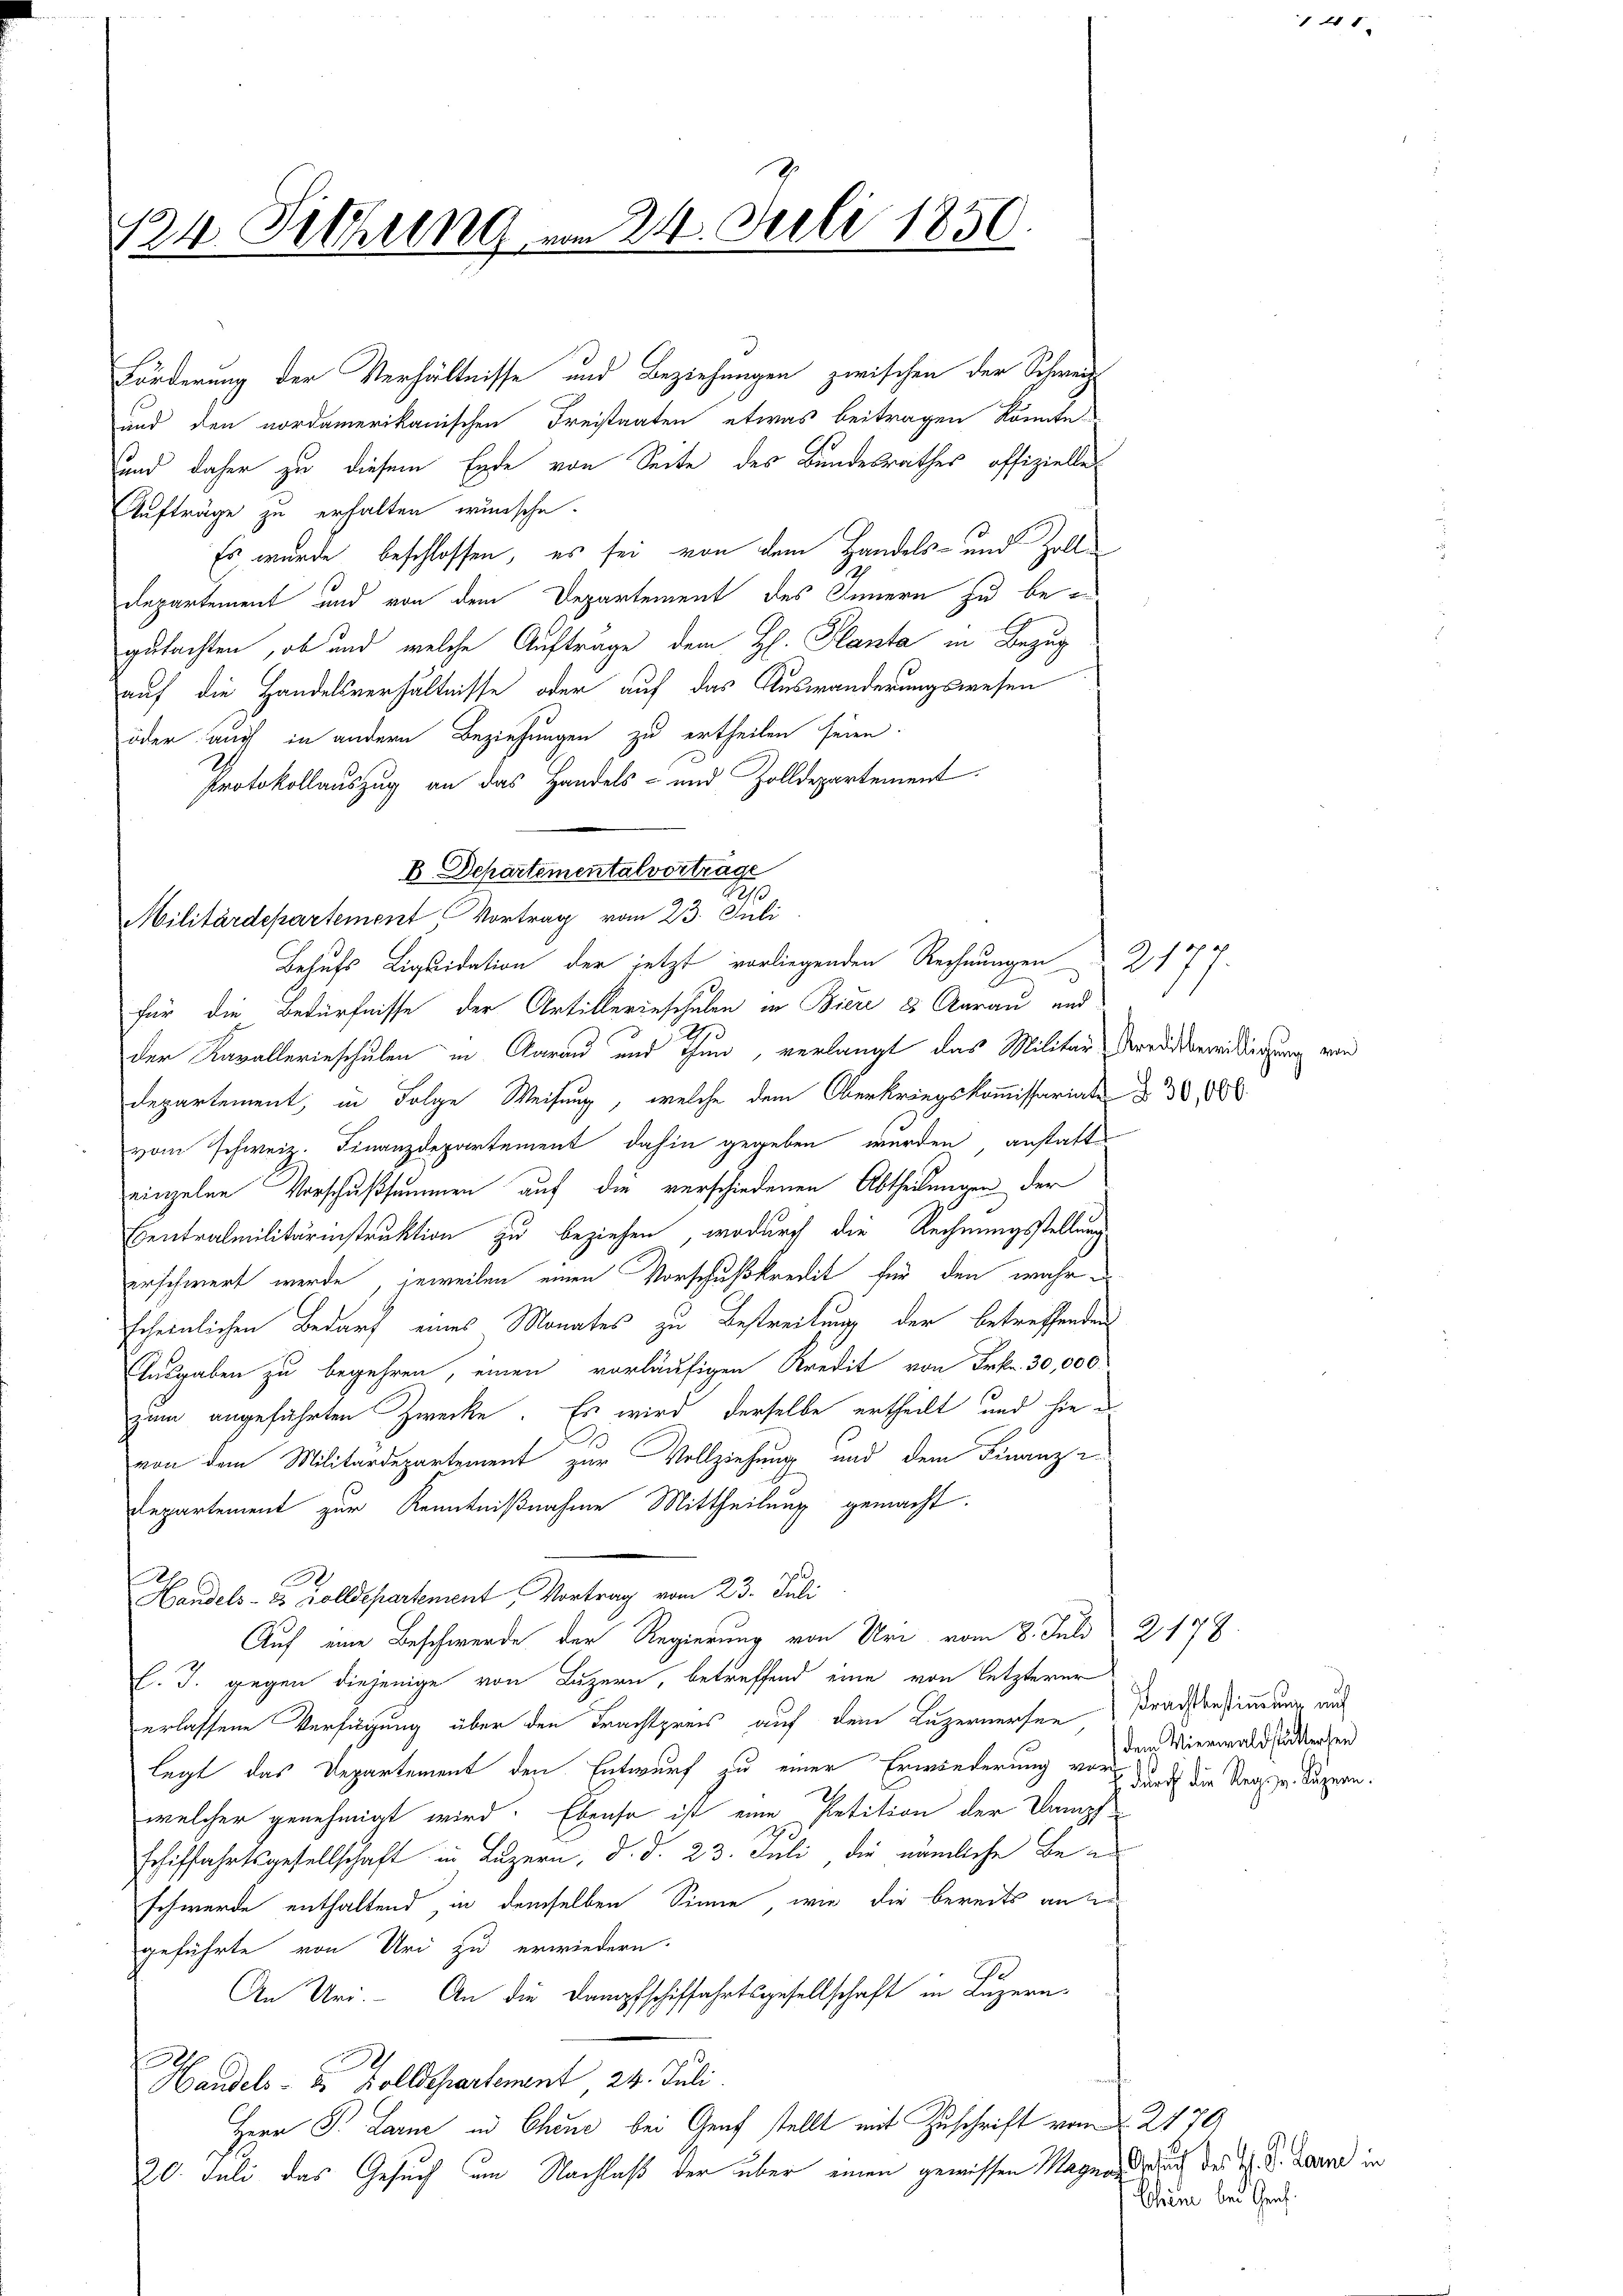
124. Pittung am 24. Juli 1850

Förderung der Verhältnisse und Beziehungen zwischen der Schweiz
und den nordamerikanischen Freistaaten etwas beitragen könnte.
und daher zu diesem Ende von Seite des Bundesrathes offizielle
Aufträge zu erhalten wünsche.
Es wurde beschlossen, es sei von dem Handels- und Zolldepartement und von dem Departement des Innern zu begutachten, ob und welche Aufträge dem H. Planta in Bezug
auf die Handelsverhältnisse oder auf das Auswanderungswesen
oder auch in andern Beziehungen zu ertheilen seien
Protokollauszug an das Handels- und Zolldepartement
e
Militärdepartement, Vortrag vom 23. Juli
Behufs Liquidation der jetzt vorliegenden Rechnungen Z 184
für die Bedürfnisse der Artillerinschulen in Biere & Aarau und
der Kavallerieschulen in Aarau und Thun, verlangt das Militär-Vorredsvereitigung von
departement, in Folge Weisung, welche dem Oberkriegskommissariate § 30, 1886
vom Schweiz. Finanzdepartement dahin gegeben werden anstatte
einzelne Vorschußsummen auf die verschiedenen Abtheilungen der
Exentralmilitärinstruktion zu beziehen, wodurch die Rechnungsstellung
erschwert werde, jeweilen einen Vorschußkredit für den wahrscheinlichen Bedarf eines Monates zu Bestreitung der betreffenden
Ausgaben zu begehren, einen vorläufigen Kredit von Frk. 30,000
zum angeführten Zwecke. Es wird derselbe ertheilt und hievon dem Militärdepartement zur Vollziehung und dem Finanze
Departement zur Kenntnißnahme Mittheilung gemacht.
Handels- & Zolldepartement, Vortrag vom 23. Juli
Auf eine Beschwerde der Regierung von Uri vom 8. Juli 2178.
l. J. gegen diejenige von Luzern, betreffend eine von letzterer
erlassene Verfügung über den Trachtpreis auf dem Luzernersen Brach bestimmung aus
legt das Departement den Entwurf zu einer Erwänderung von dem Wienwald sindersen
2
welcher genehmigt wird. Ebenso ist eine Petition der Dampf
Erhiffahrtsgesellschaft in Luzern, d. d. 23. Juli, die nämliche Beschwerde enthaltend, in demselben Sinne, wie die bereits an de
geführte von Uri zu erwiedern.
An Uri. An die Dampfschiffahrtsgesellschaft in Luzern
Handels- & Zolldepartement 24. Juli.
Herr P. Larne in Chine bei Graf stellt mit Zuschrift vom 2. 2179
20. Juli das Gesuch um Nachlaß der über einen gewissen Magend da des M. D. Land in

B Departemental vortrage

E durch die Reg. v. Luzern.

41.

Chine bei Graf